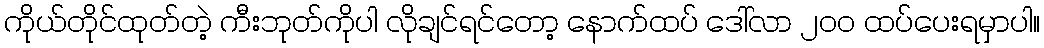
ကိုယ်တိုင်ထုတ်တဲ့ ကီးဘုတ်ကိုပါ လိုချင်ရင်တော့ နောက်ထပ် ဒေါ်လာ ၂၀၀ ထပ်ပေးရမှာပါ။